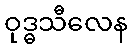
ဝုဒ္ဓသီလေန